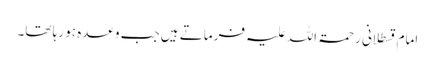
امام قسطلانی رحمۃ اللہ علیہ فرماتے ہیں جب وعدہ ہو رہا تھا۔